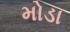
મોડા